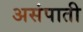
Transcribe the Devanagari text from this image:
असंपाती